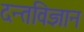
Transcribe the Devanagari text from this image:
दन्तविज्ञान